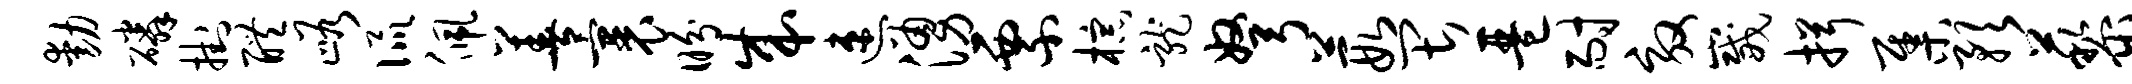
动磷挂醴峪侃佩善裹盼成速涌票棕龙弩葭畏琶耐效崴揖集预藜